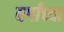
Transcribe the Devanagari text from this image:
वर्गांच्‍या